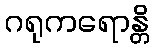
ဂရုကရောန္တိ